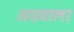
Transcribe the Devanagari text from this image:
अग्रवाला